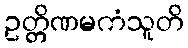
ဥတ္တိဏမကံသူတိ